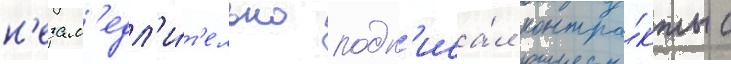
н'езам'едл'и́т'ельно подп'иса́л контра́кты с